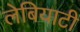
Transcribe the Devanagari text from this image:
लेबियाटी